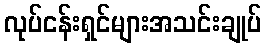
လုပ်ငန်းရှင်များအသင်းချုပ်